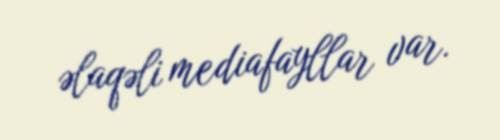
əlaqəli mediafayllar var.